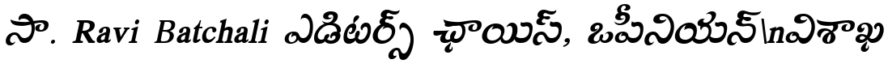
సా. Ravi Batchali ఎడిటర్స్ ఛాయిస్, ఒపీనియన్\nవిశాఖ